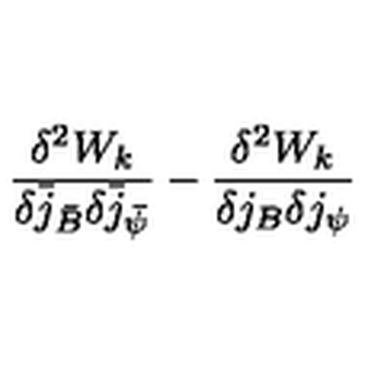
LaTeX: \frac { \delta ^ { 2 } W _ { k } } { \delta \bar { j } _ { \bar { B } } \delta \bar { j } _ { \bar { \psi } } } - \frac { \delta ^ { 2 } W _ { k } } { \delta j _ { B } \delta j _ { \psi } }